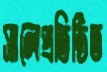
সালেপ্রতিষ্ঠিত